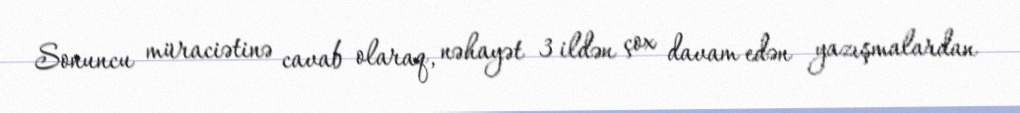
Sonuncu müraciətinə cavab olaraq, nəhayət 3 ildən çox davam edən yazışmalardan